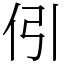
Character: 𠇁